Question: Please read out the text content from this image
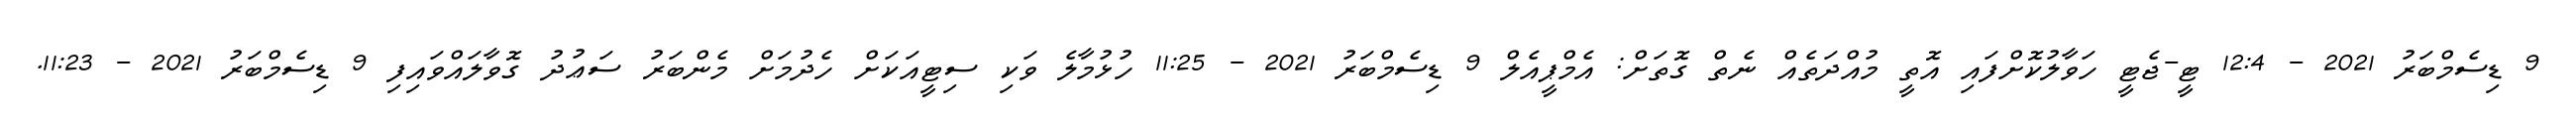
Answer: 9 ޑިސެމްބަރު 2021 - 12:4 ޓީ-ޖެޓީ ހަވާލުކޮށްފައި އޮތީ މުއްދަތެއް ނެތް ގޮތަށް: އެމްޕީއެލް 9 ޑިސެމްބަރު 2021 - 11:25 ހުޅުމާލެ ވަކި ސިޓީއަކަށް ހެދުމަށް މެންބަރު ސަޢުދު ގޮވާލައްވައިފި 9 ޑިސެމްބަރު 2021 - 11:23.